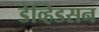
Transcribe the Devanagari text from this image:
डेव्हिडसन